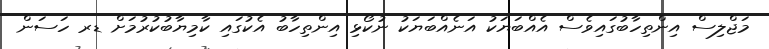
މަޖްލިސް އިންތިހާބުގައިވެސް އެއްބަޔަކު އަނެއްބަޔަކު ނުކޯޅި އިންތިހާބު އެކުގައި ކާމިޔާބުކުރުމަށް ޑރ ހަސަން